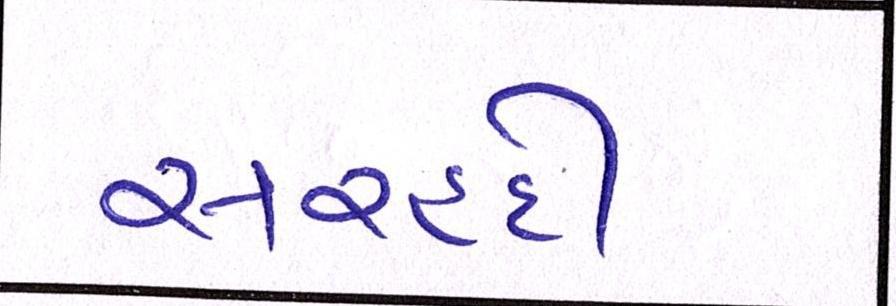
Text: સરહદી